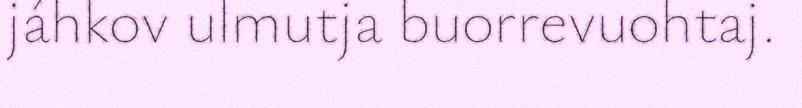
jáhkov ulmutja buorrevuohtaj.